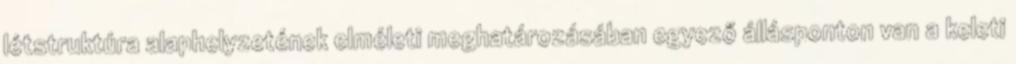
létstruktúra alaphelyzetének elméleti meghatározásában egyező állásponton van a keleti